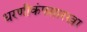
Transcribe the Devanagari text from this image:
धरणीकंपसारखा